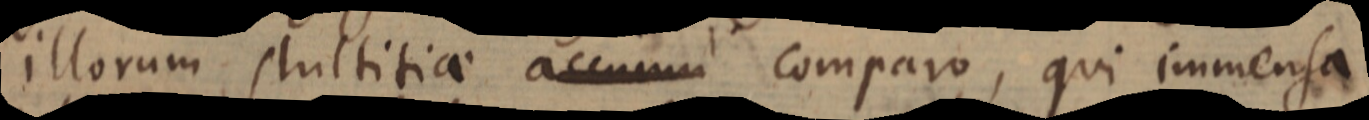
illorum stultitiae accumu comparo, qui immensa